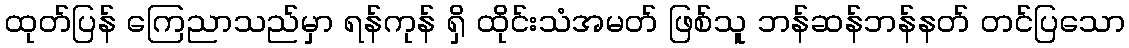
ထုတ်ပြန် ကြေညာသည်မှာ ရန်ကုန် ရှိ ထိုင်းသံအမတ် ဖြစ်သူ ဘန်ဆန်ဘန်နတ် တင်ပြသော